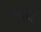
આઈઈ